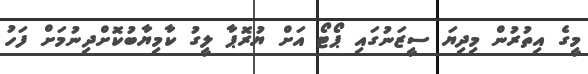
މީގެ އިތުރުން މިދިޔަ ސީޒަނުގައި ޕޯޓޯ އަށް ޔުރޮޕާ ލީގު ކާމިޔާބުކޮށްދިނުމަށް ފަހު